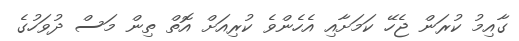
ގާއިމު ކުރަން ޖެހޭ ކަމަށާއި އެހެންވެ ކުރިއަށް އޮތް ތިން މަސް ދުވަހުގެ